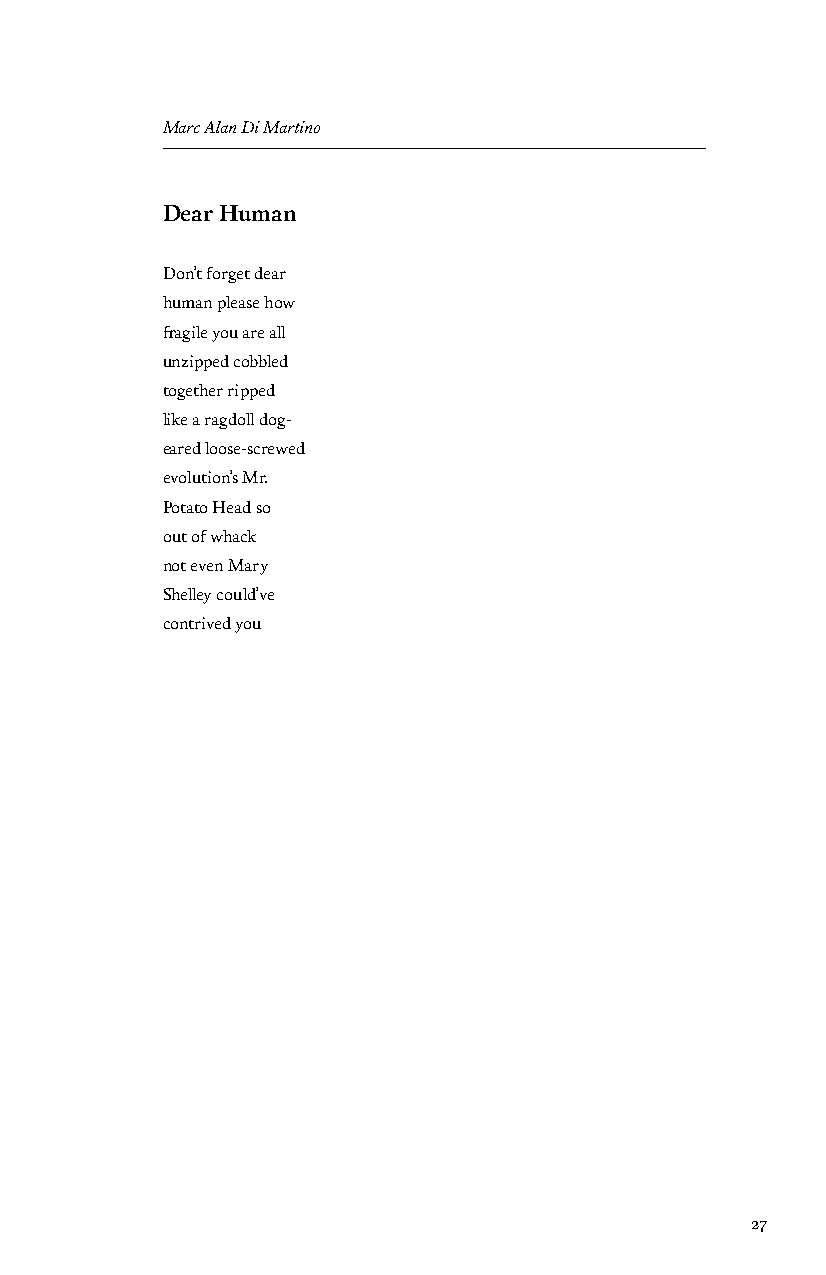
Marc Alan Di Martino
 Dear Human
 Don’t forget dear
 human please how
 fragile you are all
 unzipped cobbled
 together ripped
 like a ragdoll dog-
 eared loose-screwed
 evolution’s Mr.
 Potato Head so
 out of whack
 not even Mary
 Shelley could’ve
 contrived you
 27